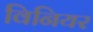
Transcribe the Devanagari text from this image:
विनियर